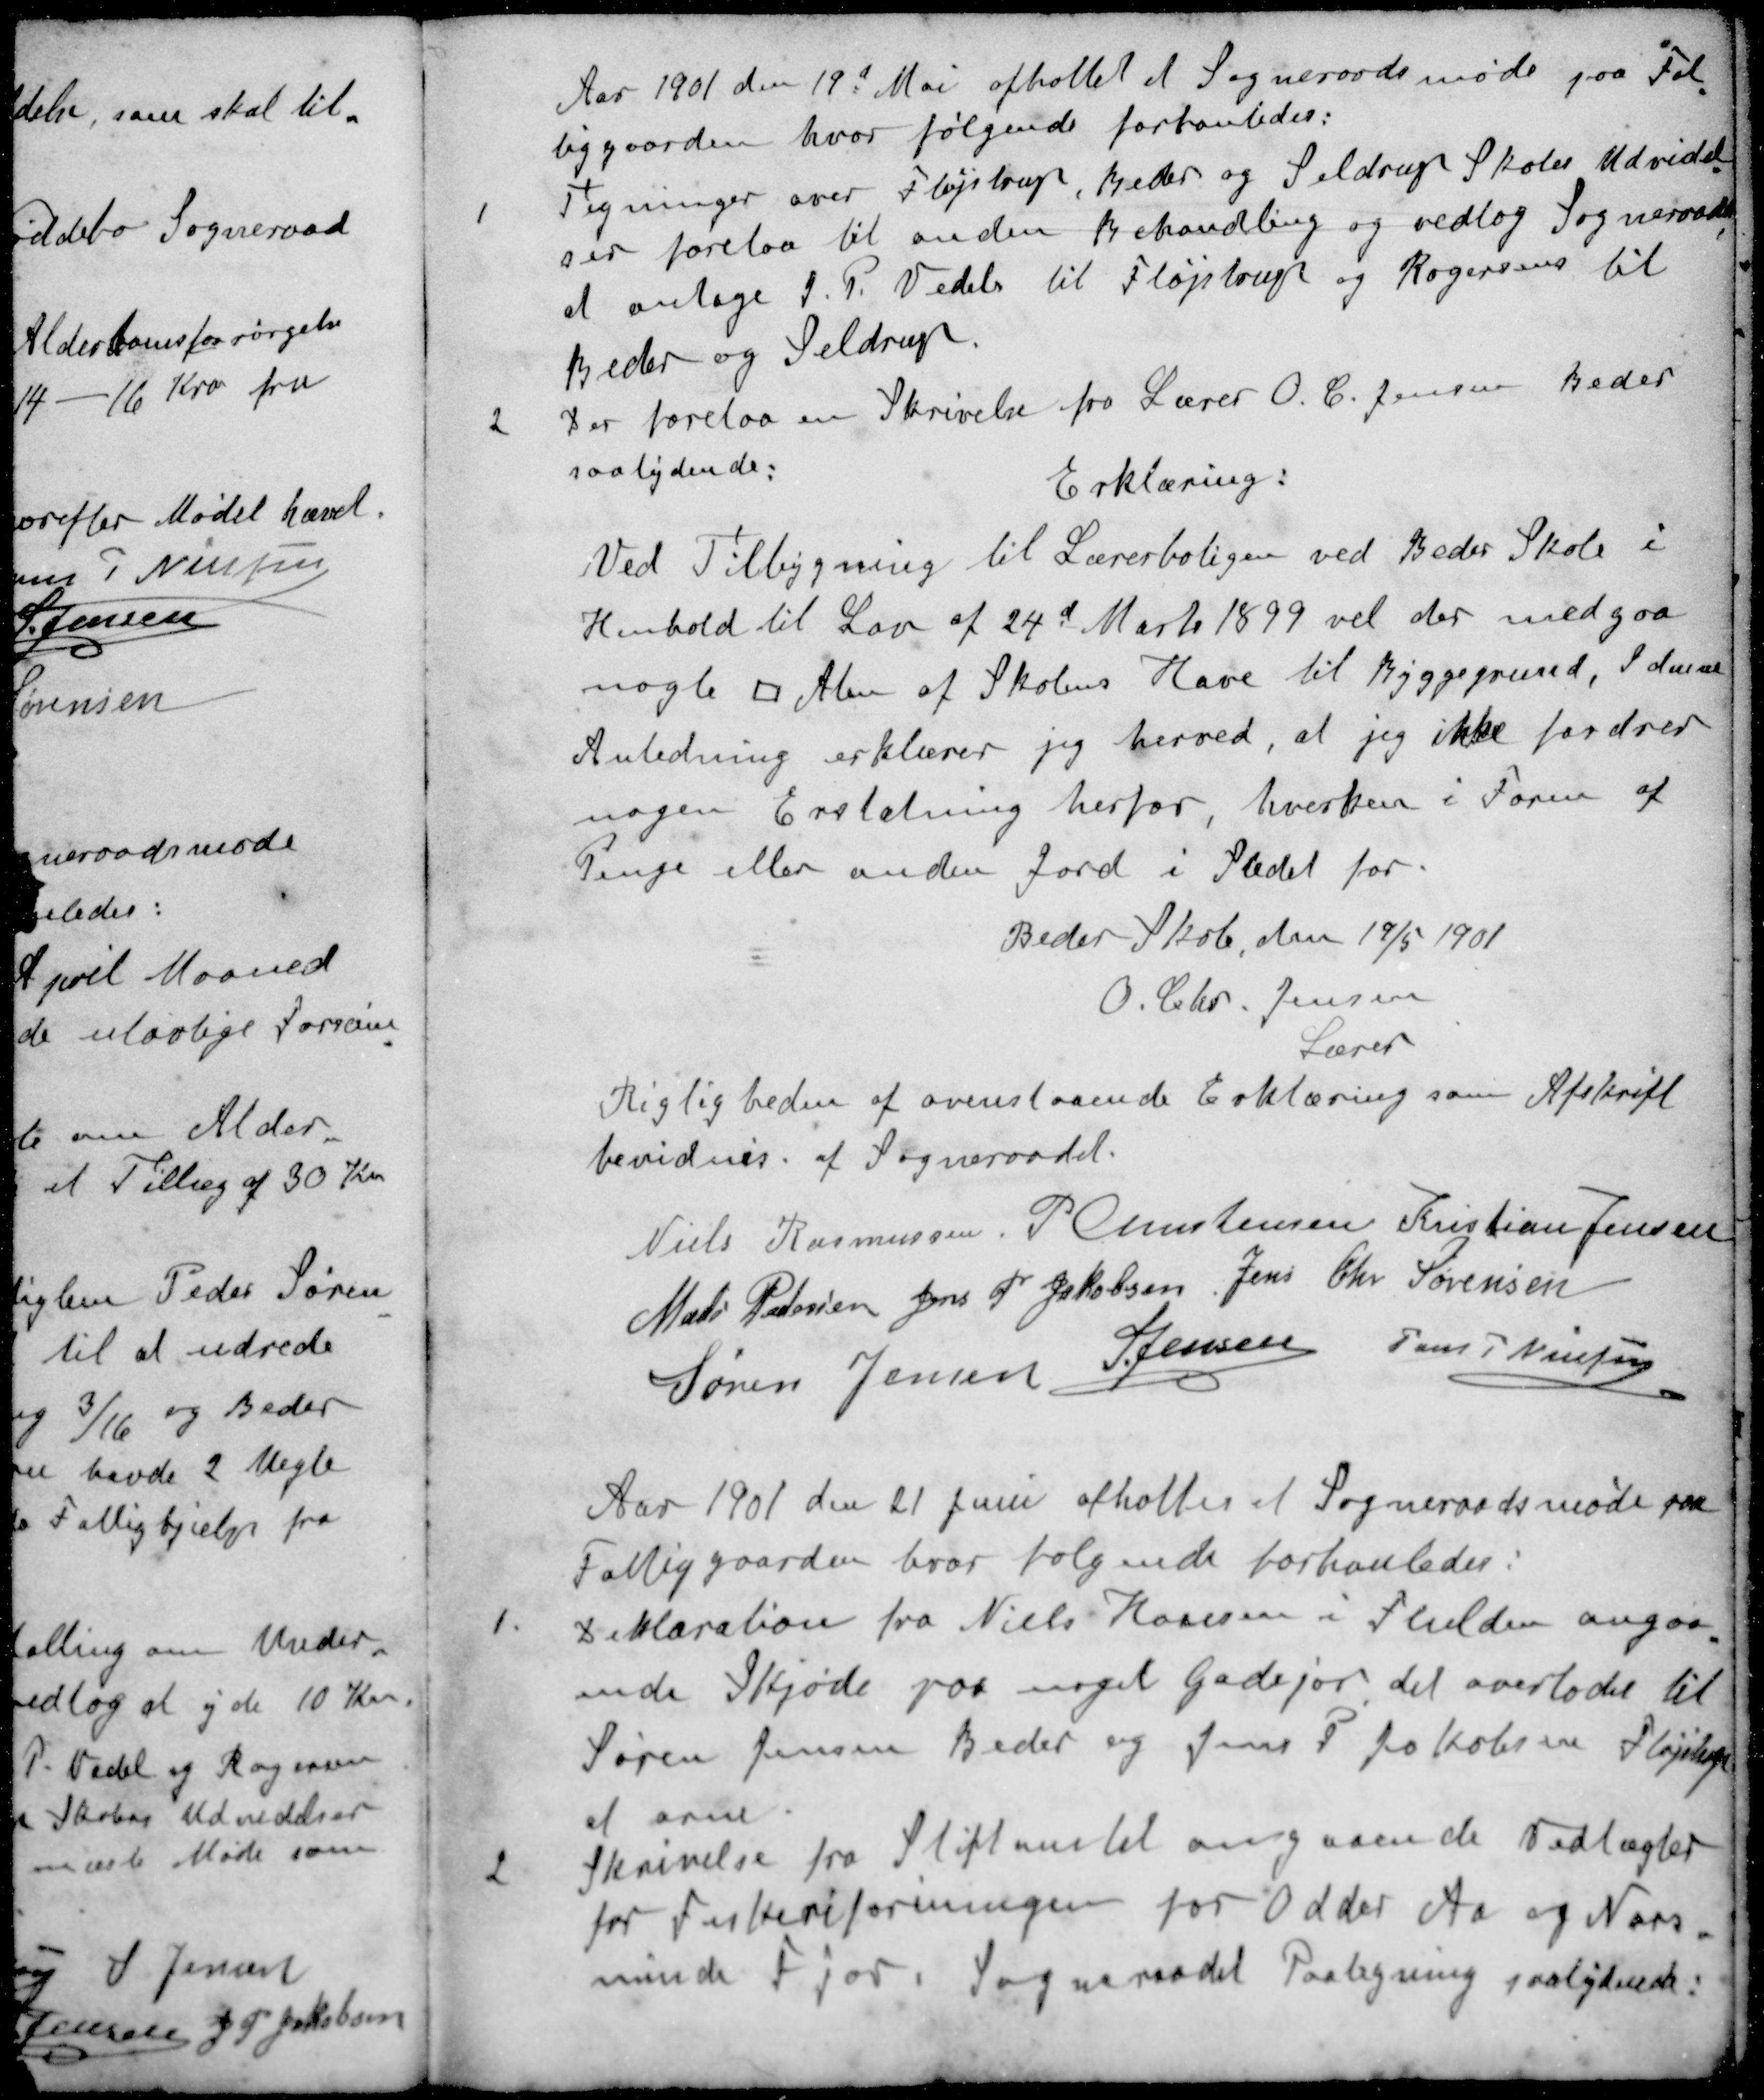
Transskription:
Aar 1901 den 19d Mai afholtes et Sogneraadsmøde paa Fat
tiggaarden, hvor følgende forhanledes:
1 Tegninger over Fløjstrup, Beder og Seldrup Skoler Udvidel
ser forelaa til anden Behandling og vedtog Sogneraadet
at antage J. P. Vedels til Fløjstrup og Rogersens til
Beder og Seldrup.
2 Der forelaa en Skrivelse fra Lærer O. C. Jensen Beder
saalydende:
Erklæring:
Ved Tilbygning til Lærerboligen ved Beder Skole i
Henhold til Lov af 24d Marts 1899 vil der medgaa
nogle ؝ Alen af Skolens Have til Byggegrund, I denne
Anledning erklærer jeg herved, at jeg ikke fordrer
nogen Erstatning herfor hverken i Form af
Penge eller anden Jord i Stedet for
Beder Skole, den 19/5 1901
O. Chr. Jensen
Lærer
Rigligheden af ovenstaaende Erklæring som Afskrift
bevidnes. af Sogneraadet.
Niels Rasmussen
P Christensen
Kristian Jensen
Mads Pedersen
Jens P. Jakobsen
Jens Chr Sørensen
Søren Jensen
S Jensen
Jens P Nielsen
Aar 1901 den 21 Juni afholtes et Sogneraadsmøde paa
Fattiggaarden hvor følgende forhanledes:
1 Deklaration fra Niels Hansen i Fulden angaa-
ende Skjøde paa noget gadejor, det overlodes til
Søren Jensen Beder og Jens P Jakobsen Fløjstrup
at orne.
2 Skrivelse fra Stiftamtet angaaende Vedtægter
for Fiskeriforeningen for Odder Aa og Nors
minde Fjor. Sogneraadet Paategning saalydende: